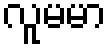
လူမမာ